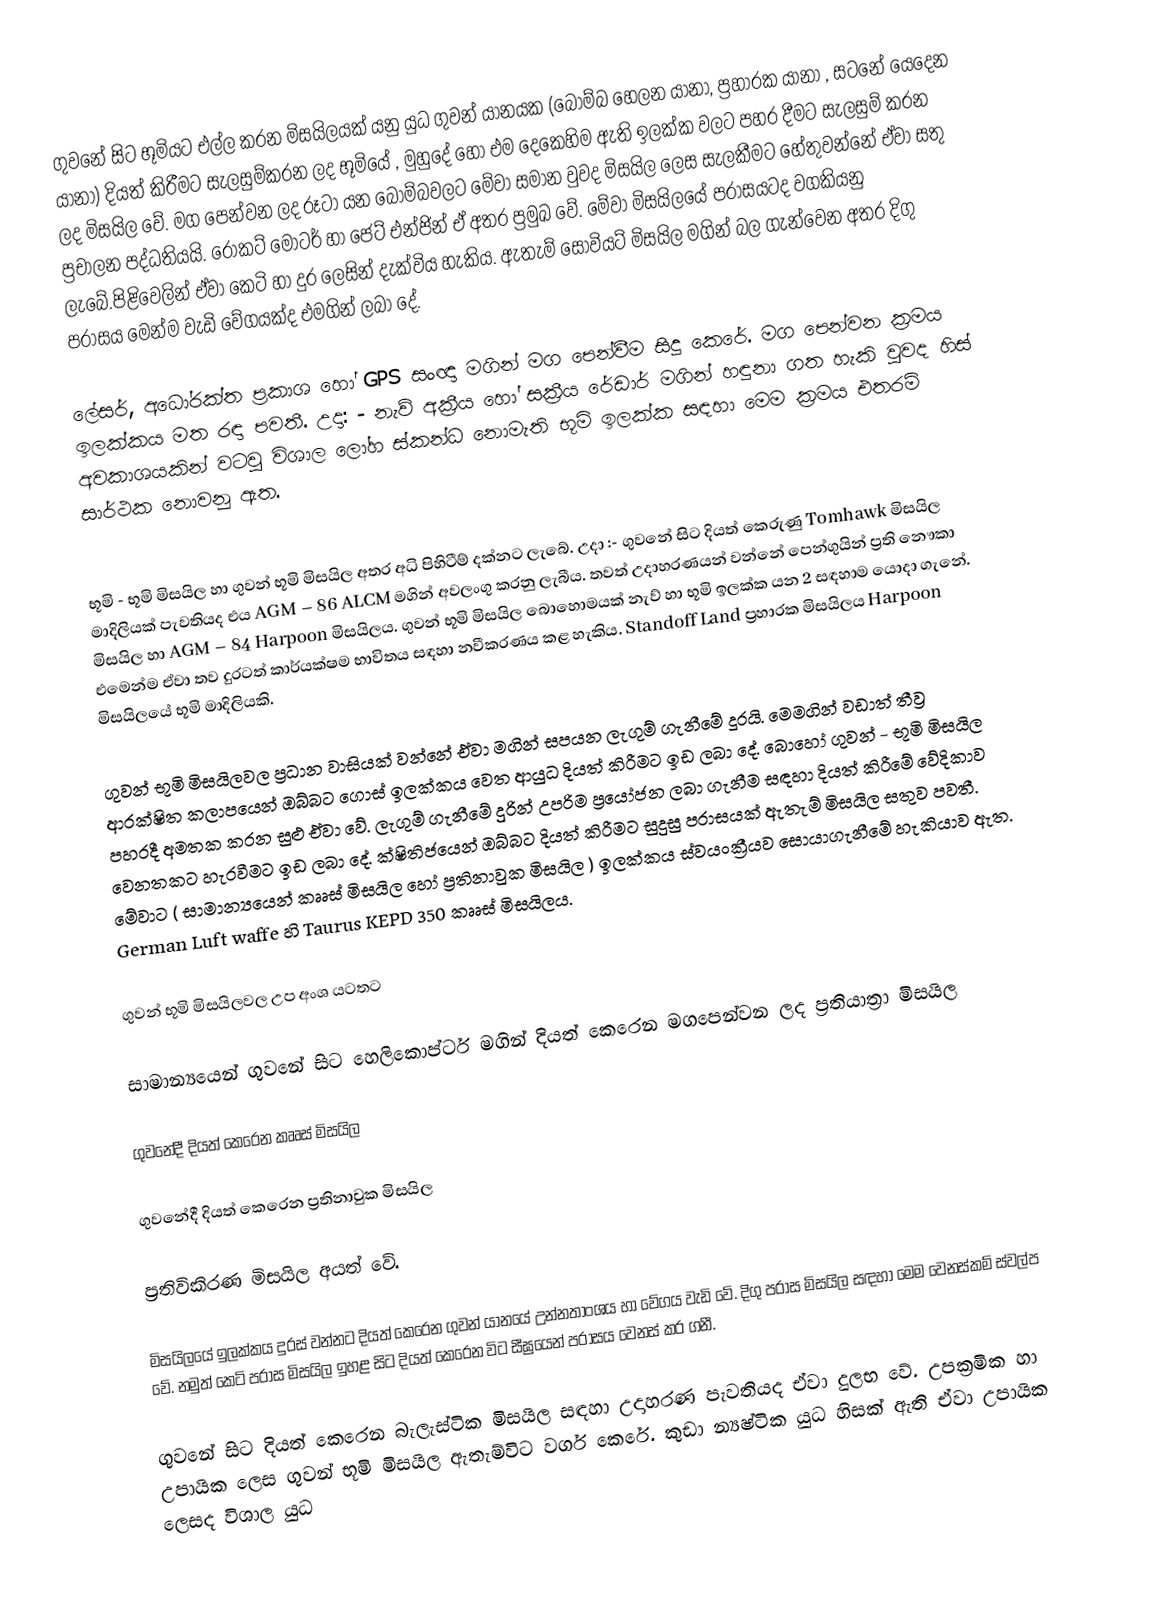
ගුවනේ සිට භූමියට එල්ල කරන මිසයිලයක් යනු යුධ ගුවන් යානයක (බෝම්බ හෙලන යානා, ප්‍රහාරක යානා , සටනේ යෙදෙන යානා) දියත් කිරීමට සැලසුම්කරන ලද භූමියේ , මුහුදේ හෝ එම දෙකෙහිම ඇති ඉලක්ක වලට පහර දීමට සැලසුම් කරන ලද මිසයිල වේ. මග පෙන්වන ලද රූටා යන බෝම්බවලට මේවා සමාන වුවද මිසයිල ලෙස සැලකීමට හේතුවන්නේ ඒවා සතු ප්‍රචාලන පද්ධතියයි. රොකට් මෝටර් හා ජෙට් එන්ජින් ඒ අතර ප්‍රමුඛ වේ. මේවා මිසයිලයේ පරාසයටද වගකියනු ලැබේ.පිළිවෙලින් ඒවා කෙටි හා දුර ලෙසින් දැක්විය හැකිය. ඇතැම් සෝවියට් මිසයිල මගින් බල ගැන්වෙන අතර දිගු පරාසය මෙන්ම වැඩි වේගයක්ද එමගින් ලබා දේ.

ලේසර්, අධෝරක්ත ප්‍රකාශ හෝ GPS සංඥා මගින් මග පෙන්වීම සිදු කෙරේ. මග පෙන්වන ක්‍රමය ඉලක්කය මත රඳා පවතී. උදා: - නැව් අක්‍රීය හෝ සක්‍රීය රේඩාර් මගින් හඳුනා ගත හැකි වුවද හිස් අවකාශයකින් වටවු විශාල ලෝහ ස්කන්ධ නොමැති භූමි ඉලක්ක සඳහා මෙම ක්‍රමය එතරම් සාර්ථක නොවනු ඇත.

භූමි - භූමි මිසයිල හා ගුවන් භූමි මිසයිල අතර අධි පිහිටීම් දක්නට ලැබේ. උදා :- ගුවනේ සිට දියත් කෙරුණු Tomhawk මිසයිල මාදිලියක් පැවතියද එය AGM – 86 ALCM මගින් අවලංගු කරනු ලැබීය. තවත් උදාහරණයන් වන්නේ පෙන්ගුයින් ප්‍රති නෞකා මිසයිල හා AGM – 84 Harpoon මිසයිලය. ගුවන් භූමි මිසයිල බොහොමයක් නැව් හා භූමි ඉලක්ක යන 2 සඳහාම යොදා ගැනේ. එමෙන්ම ඒවා තව දුරටත් කාර්යක්ෂම භාවිතය සඳහා නවීකරණය කළ හැකිය. Standoff Land ප්‍රහාරක මිසයිලය Harpoon මිසයිලයේ භූමි මාදිලියකි.

ගුවන් භූමි මිසයිලවල ප්‍රධාන වාසියක් වන්නේ ඒවා මගින් සපයන ලැගුම් ගැනීමේ දූරයි. මෙමගින් වඩාත් තීව්‍ර ආරක්ෂිත කලාපයෙන් ඔබ්බට ගොස් ඉලක්කය වෙත ආයුධ දියත් කිරීමට ඉඩ ලබා දේ. බොහෝ ගුවන් - භූමි මිසයිල පහරදී අමතක කරන සුළු ඒවා වේ. ලැගුම් ගැනීමේ දුරින් උපරිම ප්‍රයෝජන ලබා ගැනීම සඳහා දියත් කිරීමේ වේදිකාව වෙනතකට හැරවීමට ඉඩ ලබා දේ. ක්ෂිතිජයෙන් ඔබ්බට දියත් කිරීමට සුදුසු පරාසයක් ඇතැම් මිසයිල සතුව පවතී. මේවාට ( සාමාන්‍යයෙන් කෲස් මිසයිල හෝ ප්‍රතිනාවුක මිසයිල ) ඉලක්කය ස්වයංක්‍රීයව සොයාගැනීමේ හැකියාව ඇත. German Luft waffe හි Taurus KEPD 350 කෲස් මිසයිලය.

ගුවන් භූමි මිසයිලවල උප අංශ යටතට

සාමාන්‍යයෙන් ගුවනේ සිට හෙලිකොප්ටර් මගින් දියත් කෙරෙන මගපෙන්වන ලද ප්‍රතියාත්‍රා මිසයිල

ගුවනේදී දියත් කෙරෙන කෲස් මිසයිල

 ගුවනේදී දියත් කෙරෙන ප්‍රතිනාවුක මිසයිල

ප්‍රතිවිකිරණ මිසයිල අයත් වේ.

මිසයිලයේ ඉලක්කය දුරස් වන්නට දියත් කෙරෙන ගුවන් යානයේ උන්නතාංශය හා වේගය වැඩි වේ. දිගු පරාස මිසයිල සඳහා මෙම වෙනස්කම් ස්වල්ප වේ. නමුත් කෙටි පරාස මිසයිල ඉහළ සිට දියත් කෙරෙන විට සීඝ්‍රයෙන් පරාසය වෙනස් කර ගනී.

ගුවනේ සිට දියත් කෙරෙන බැලැස්ටික මිසයිල සඳහා උදාහරණ පැවතියද ඒවා දුලභ වේ. උපක්‍රමික හා උපායික ලෙස ගුවන් භූමි මිසයිල ඇතැම්විට වර්ග කෙරේ. කුඩා න්‍යෂ්ටික යුධ හිසක් ඇති ඒවා උපායික ලෙසද විශාල යුධ